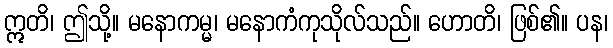
ဣတိ၊ ဤသို့။ မနောကမ္မ၊ မနောကံကုသိုလ်သည်။ ဟောတိ၊ ဖြစ်၏။ ပန၊